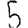
Digit: 5